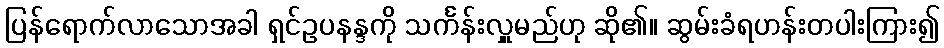
ပြန်ရောက်လာသောအခါ ရှင်ဥပနန္ဒကို သင်္ကန်းလှူမည်ဟု ဆို၏။ ဆွမ်းခံရဟန်းတပါးကြား၍